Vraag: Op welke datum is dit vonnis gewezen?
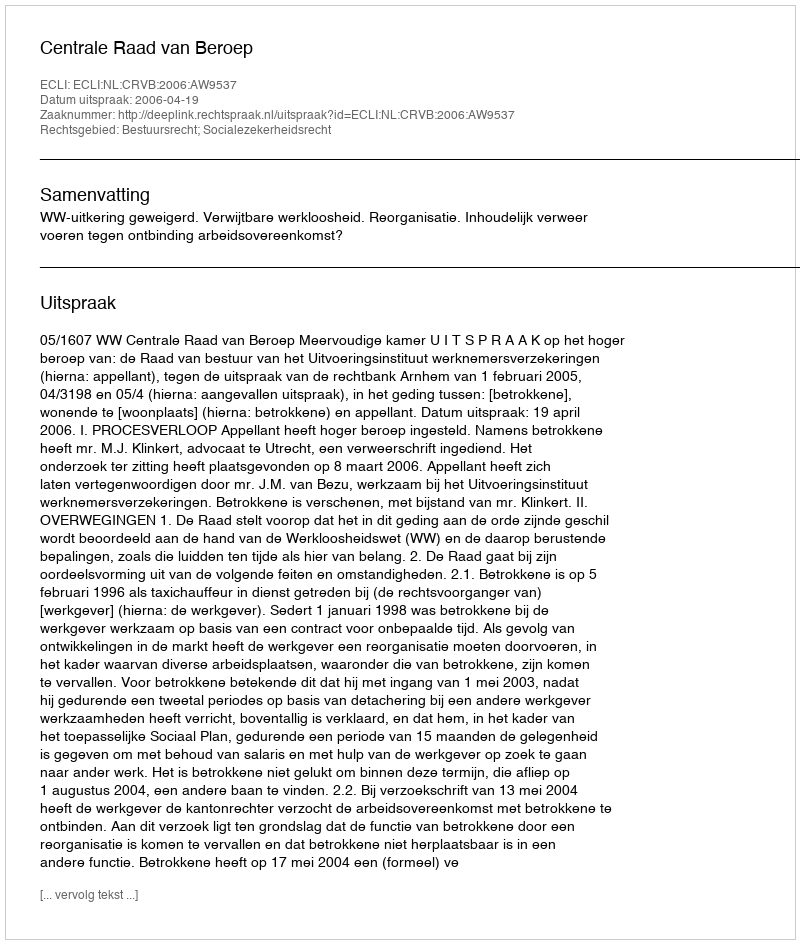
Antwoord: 2006-04-19